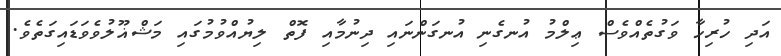
އަދި ހުރިހާ ވަގުތެއްވެސް ޢިލްމު އުނގެނި އުނގަންނައި ދިނުމާއި ފޮތް ލިޔުއްވުމުގައި މަޝްޣޫލުވެވަޑައިގަތެވެ.